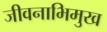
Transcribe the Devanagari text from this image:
जीवनाभिमुख